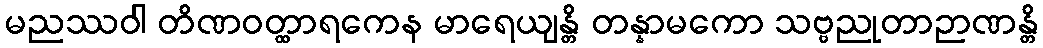
မညဿဝါ တိဏဝတ္ထာရကေန မာရေယျန္တိ တန္နာမကော သဗ္ဗညုတာဉာဏန္တိ